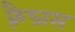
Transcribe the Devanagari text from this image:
फ़्रैब्जस